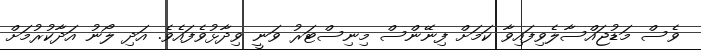
ވެސް މަޑުޖައްސާލެވިފައިވާ ކަމަށް ފިނޭންސް މިނިސްޓަރު ވަނީ ވިދާޅުވެފައެވެ. އަދި ލޯނު އަދާކުރުމަށް